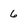
Character: 6